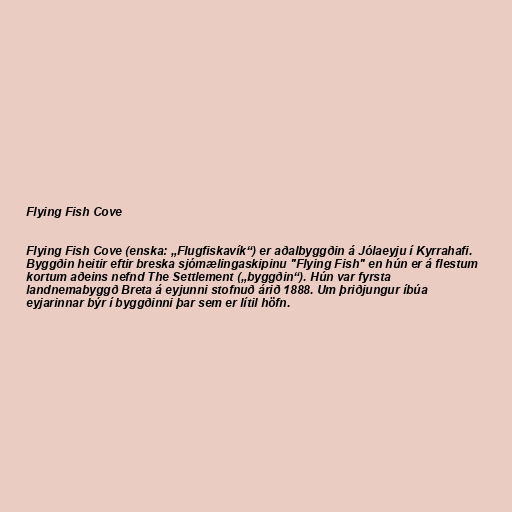
Flying Fish Cove

Flying Fish Cove (enska: „Flugfiskavík“) er aðalbyggðin á Jólaeyju í Kyrrahafi.
Byggðin heitir eftir breska sjómælingaskipinu "Flying Fish" en hún er á flestum
kortum aðeins nefnd The Settlement („byggðin“). Hún var fyrsta
landnemabyggð Breta á eyjunni stofnuð árið 1888. Um þriðjungur íbúa
eyjarinnar býr í byggðinni þar sem er lítil höfn.